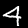
Digit: 4